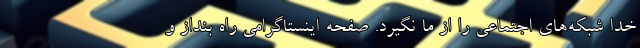
خدا شبکه‌های اجتماعی را از ما نگیرد. صفحه اینستاگرامی راه بنداز و